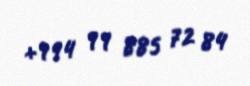
+994 99 885 72 84